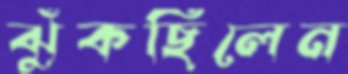
ঝুঁকছিলেন